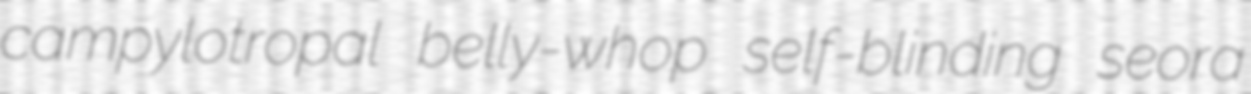
campylotropal belly-whop self-blinding seora